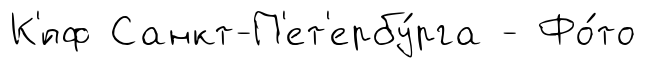
К'́пф Санкт-П'ет'ербу́рга - Фо́то